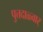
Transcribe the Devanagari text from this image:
पुत्तदाळ्वार्